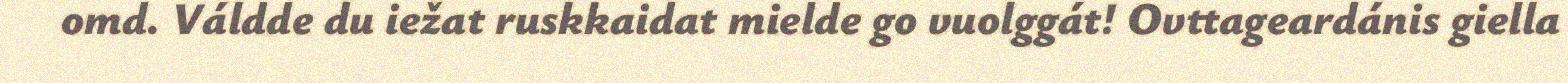
omd. Váldde du iežat ruskkaidat mielde go vuolggát! Ovttageardánis giella